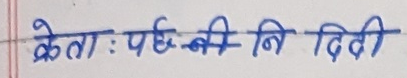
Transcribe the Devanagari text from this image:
केता: पछू की नि दिदी